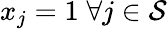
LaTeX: x_{j}=1\; \forall j\in\mathcal{S}